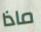
ماذا